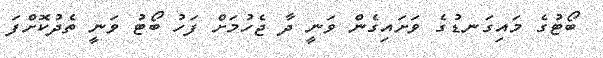
ބޯޓުގެ މައިގަނޑުގެ ވަށައިގެން ވަނީ ދާ ޖެހުމަށް ފަހު ބޯޓު ވަނީ ތެދުކޮށްފަ